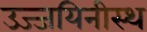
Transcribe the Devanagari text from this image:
उज्जयिनीस्थ